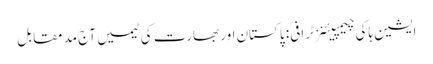
ایشین ہاکی چیمپیئنز ٹرافی: پاکستان اور بھارت کی ٹیمیں آج مد مقابل